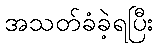
အသတ်ခံခဲ့ရပြီး